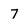
Character: 7